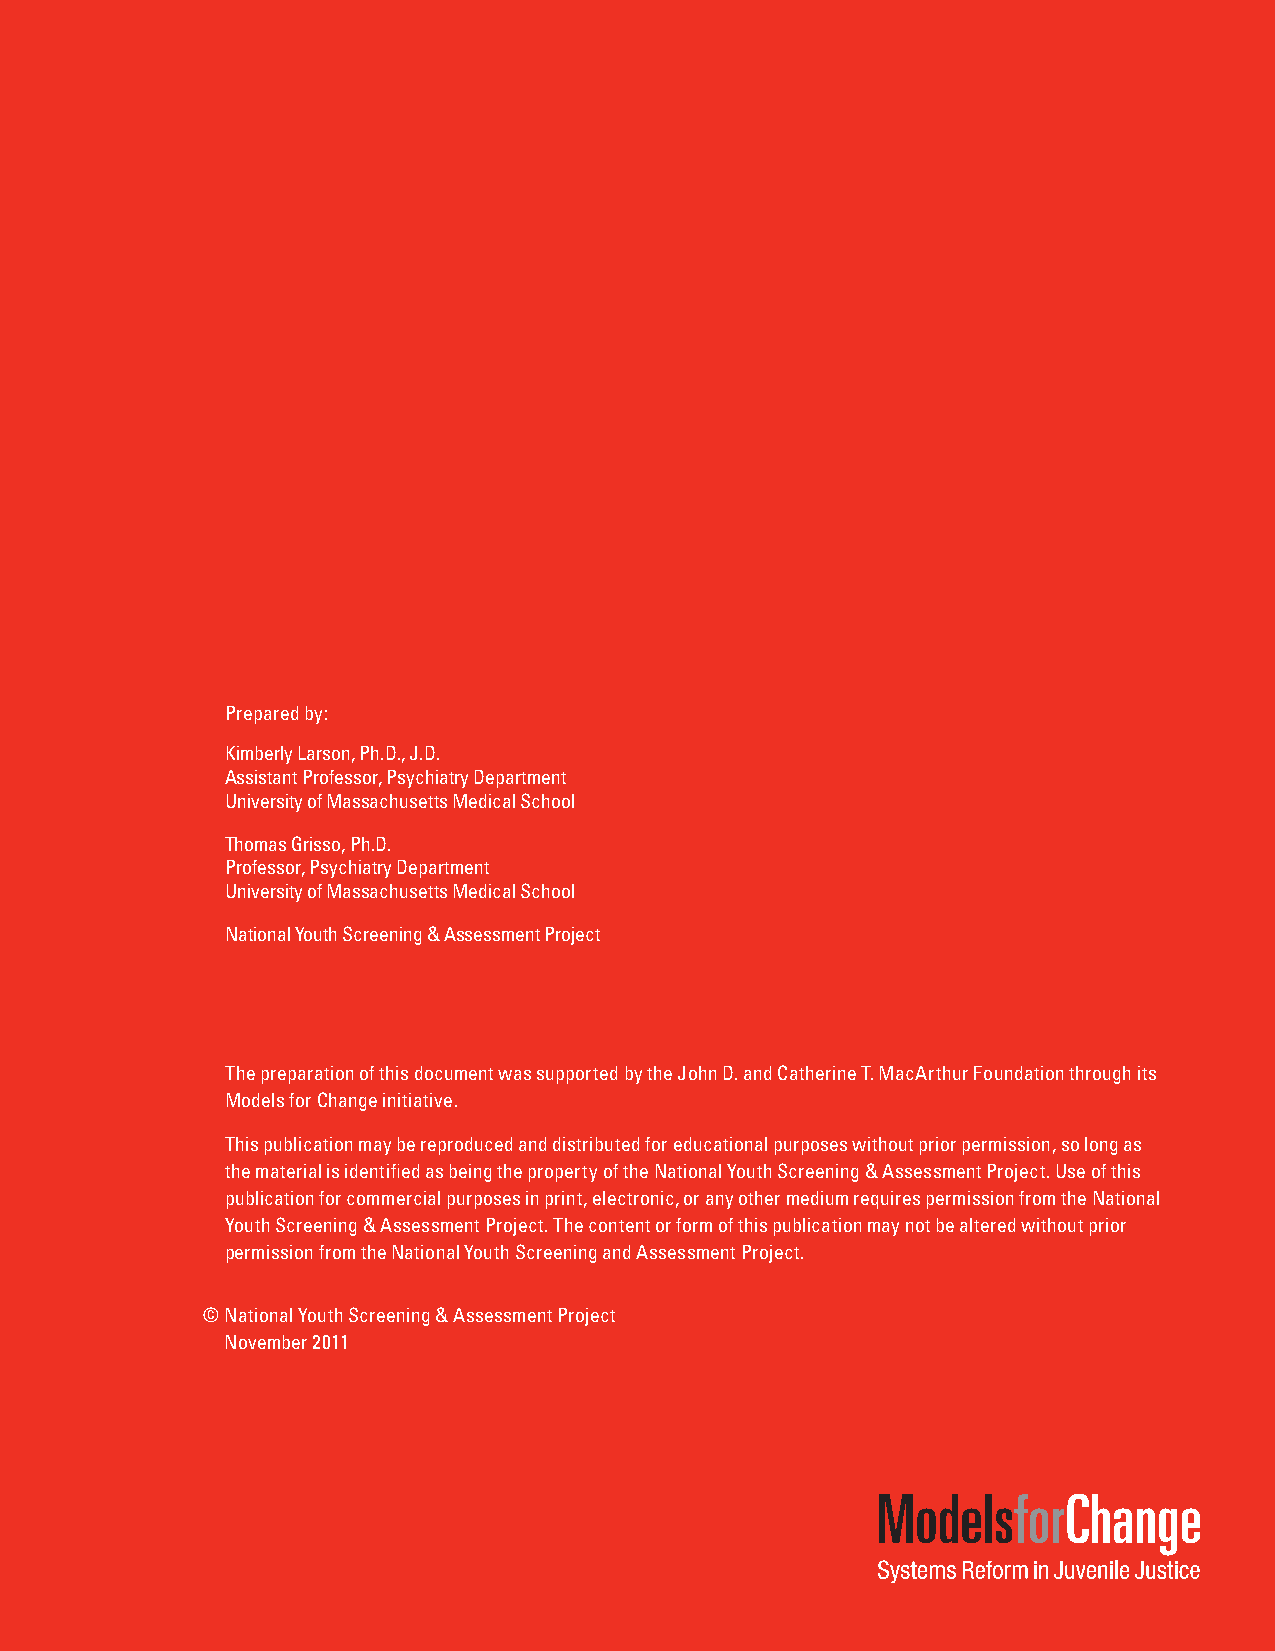
Prepared by:
 Kimberly Larson, Ph.D., J.D.
 Assistant Professor, Psychiatry Department
 University of Massachusetts Medical School
 Thomas Grisso, Ph.D.
 Professor, Psychiatry Department
 University of Massachusetts Medical School
 National Youth Screening & Assessment Project
 The preparation of this document was supported by the John D. and Catherine T. MacArthur Foundation through its
 Models for Change initiative.
 This publication may be reproduced and distributed for educational purposes without prior permission, so long as
 the material is identified as being the property of the National Youth Screening & Assessment Project. Use of this
 publication for commercial purposes in print, electronic, or any other medium requires permission from the National
 Youth Screening & Assessment Project. The content or form of this publication may not be altered without prior
 permission from the National Youth Screening and Assessment Project.
 © National Youth Screening & Assessment Project
 November 2011